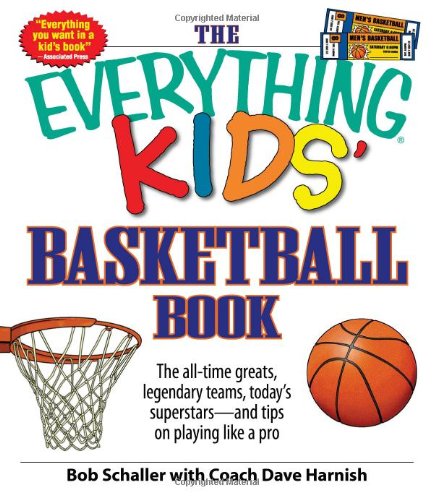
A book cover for The Everything Kids' Basketball Book: The all-time greats, legendary teams, today's superstars - and tips on playing like a pro; Bob Schaller; Children's Books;